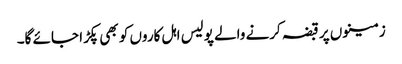
زمینوں پر قبضہ کرنے والے پولیس اہل کاروں کو بھی پکڑا جائے گا۔